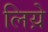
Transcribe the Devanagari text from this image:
लिय़े